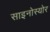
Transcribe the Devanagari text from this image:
साइनोस्योर